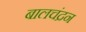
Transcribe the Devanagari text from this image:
बालचंद्रन